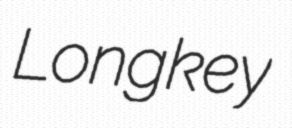
Longkey